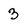
Character: 3